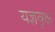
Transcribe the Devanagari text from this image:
यज्ञवृक्ष